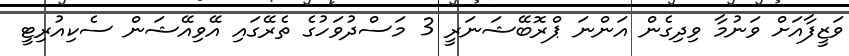
ވަޒީފާއަށް ވަނުމާ ވިދިގެން އަންނަ ޕްރޮބޭޝަނަރީ 3 މަސްދުވަހުގެ ތެރޭގައި އޭވިއޭޝަން ސެކިއުރިޓީ